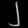
Digit: ၂